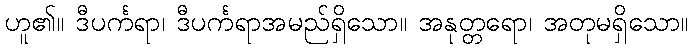
ဟူ၏။ ဒီပင်္ကရာ၊ ဒီပင်္ကရာအမည်ရှိသော။ အနုတ္တရော၊ အတုမရှိသော။